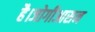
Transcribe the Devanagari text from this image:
है।जोगीआसन